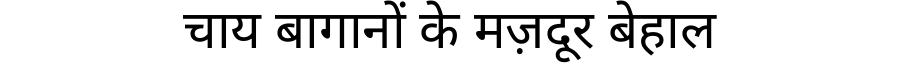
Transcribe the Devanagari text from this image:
चाय बागानों के मज़दूर बेहाल